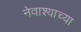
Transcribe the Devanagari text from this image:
नेवाश्याच्या